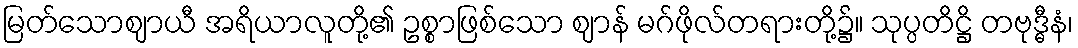
မြတ်သောဈာယီ အရိယာလူတို့၏ ဥစ္စာဖြစ်သော ဈာန် မဂ်ဖိုလ်တရားတို့၌။ သုပ္ပတိဋ္ဌိ တဗုဒ္ဓီနံ၊